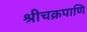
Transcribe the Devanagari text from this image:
श्रीचक्रपाणि